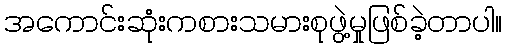
အကောင်းဆုံးကစားသမားစုဖွဲ့မှုဖြစ်ခဲ့တာပါ။